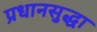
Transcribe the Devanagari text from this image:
प्रधानसुद्धा